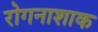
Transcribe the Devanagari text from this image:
रोगनाशाक